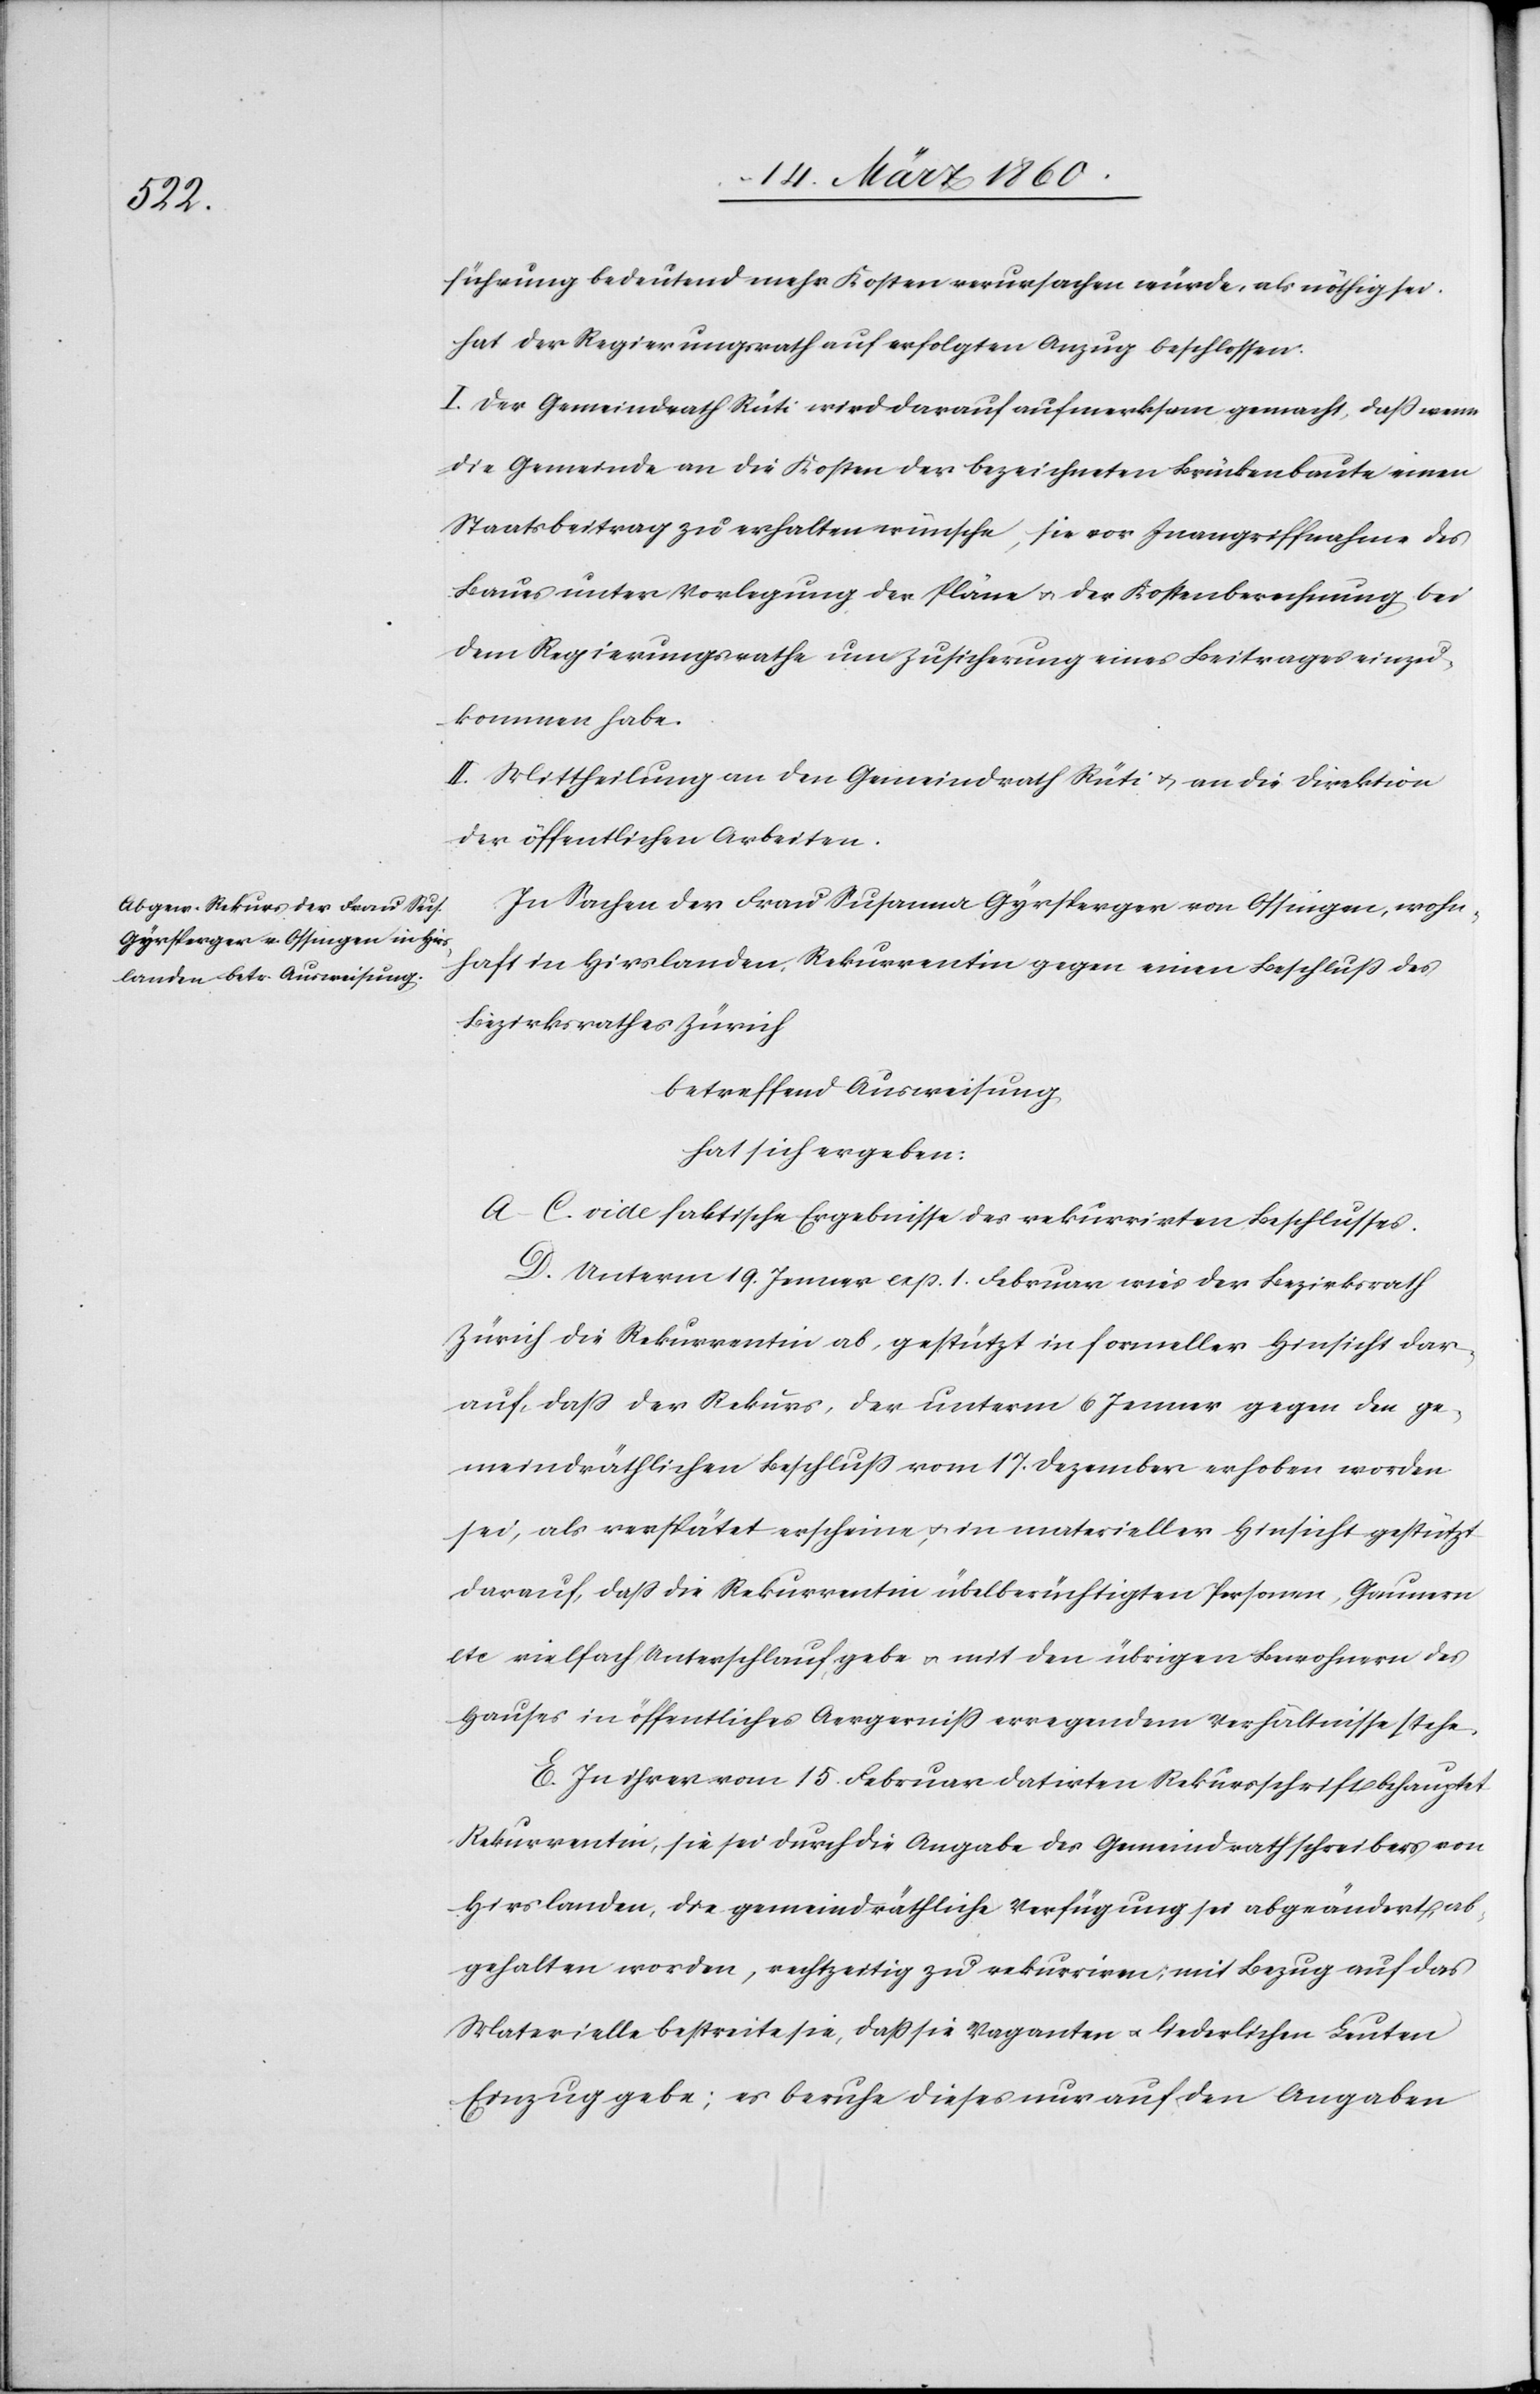
führung bedeutend mehr Kosten verursachen würde, als nöthig sei,
hat der Regierungsrath auf erfolgten Anzug beschlossen.
I. Der Gemeindrath Rüti wird darauf aufmerksam gemacht, dass wenn
die Gemeinde an die Kosten der bezeichneten Brückenbaute einen
Staatsbeitrag zu erhalten wünsche, sie vor Inangriffnahme des
Baues unter Vorlegung der Pläne u. der Kostenberechnung bei
dem Regierungsrath um Zusicherung eines Beitrages einzu¬
kommen habe.
II. Mittheilung an den Gemeindrath Rüti u. an die Direktion
der öffentlichen Arbeiten.
In Sachen der Frau Susanna Gyrsperger von Ossingen, wohn¬
haft in Hirslanden, Rekurrentin gegen einen Beschluss des
Bezirksrathes Zürich
betreffend Ausweisung
hat sich ergeben:
A–C. vide faktische Ergebnisse des rekurrirten Beschlusses.
D. Unterm 19. Jenner a. p. 1. Februar wies der Bezirksrath
Zürich die Rekurrentin ab, gestützt in formeller Hinsicht dar¬
auf, dass der Rekurs, der unterm 6. Jenner gegen den ge¬
meindräthlichen Beschluss vom 17. Dezember erhoben worden
sei, als verspätet erscheine u. in materieller Hinsicht gestützt
darauf, dass die Rekurrentin übelberüchtigten Personen, Gaunern
etc. vielfach Unterschlauf gebe u. mit den übrigen Bewohner des
Hauses in öffentliches Aergerniss erregendem Verhältnisse stehe.
E. In ihrer vom 15. Februar datirten Rekursschrift behauptet
Rekurrentin, sie sei durch die Angabe des Gemeindrathschreiber von
Hirslanden, die gemeindräthliche Verfügung sei abgeändert ab¬
gehalten worden, rechtzeitig zu rekurriren, mit Bezug auf das
Materielle bestreite sie, dass sie Vaganten u. liederlichen Leuten
Einzug gebe, es beruhe dieses nur auf den Angaben